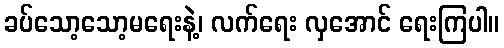
ခပ်သော့သော့မရေးနဲ့၊ လက်ရေး လှအောင် ရေးကြပါ။